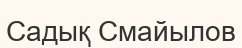
Садық Смайылов